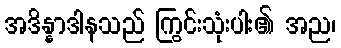
အဒိန္နာဒါနသည် ကြွင်းသုံးပါး၏ အည၊